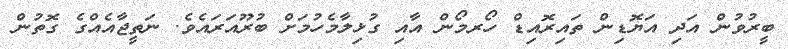
ބީރުވުން އަދި އަޔޮޑިން ތައިރޮއިޑް ހޯރމޯން އާއި ގުޅިލާމެހުމަށް ބުރޫއަރައެވެ. ނަތީޖާއެއްގެ ގޮތުން